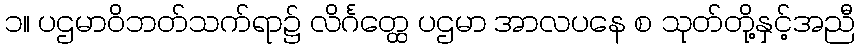
၁။ ပဌမာဝိဘတ်သက်ရာ၌ လိင်္ဂတ္ထေ ပဌမာ အာလပနေ စ သုတ်တို့နှင့်အညီ